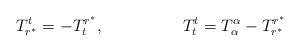
LaTeX: \begin{align*}T^{t}_{r^{\ast}}=-T^{r^{\ast}}_{t}, \hspace{2cm} T^{t}_{t}=T^{\alpha}_{\alpha}-T^{r^{\ast}}_{r^{\ast}}\end{align*}